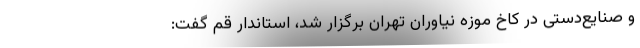
و صنایع‌دستی در کاخ موزه نیاوران تهران برگزار شد، استاندار قم گفت: